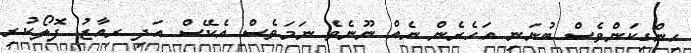
ހިންގިކަންވެސް ބުނަނި އަހެރެން ނެއް ނޫނެވެ ނަމަވެސް އެކޭސް އަދި ރިއާޒު ފޮލޯކުރި